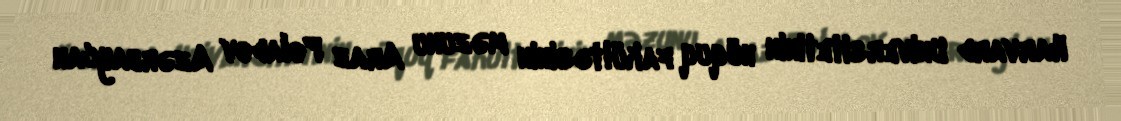
Harvard Universitetinin hüquq fakültəsinin məzunu Araz Poladov Azərbaycan